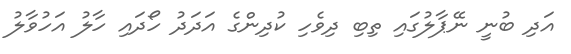
އަދި ބުނީ ނޭޕާލުގައި ތިބި ދިވެހި ކުދިންގެ އަދަދު ހޯދައި ހާލު އަހުވާލު